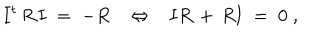
{ \mathbf I } ^ { t } \, R \, { \mathbf I } \; = \; - R \Leftrightarrow { \mathbf I } R \, + \, R { \mathbf I } \; = \; 0 \; ,